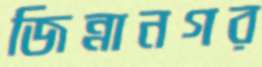
জিন্নানগর